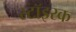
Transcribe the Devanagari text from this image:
स्टॉइरक